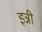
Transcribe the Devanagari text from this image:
इन्नी